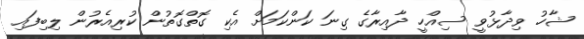
ޝާހު ވިދާޅުވީ ސިއްހީ ދާއިރާގެ ގިނަ ކަންކަމަށް އެކި ގޮތްގޮތުން ކުރިއެރުން ލިބިފައި